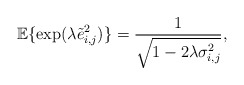
\begin{align*}\mathbb{E}\{\exp(\lambda \tilde e_{i,j}^2)\}=\frac{1}{\sqrt{1-2\lambda \sigma_{i,j}^2}},\end{align*}